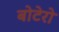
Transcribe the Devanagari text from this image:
बोटेरो